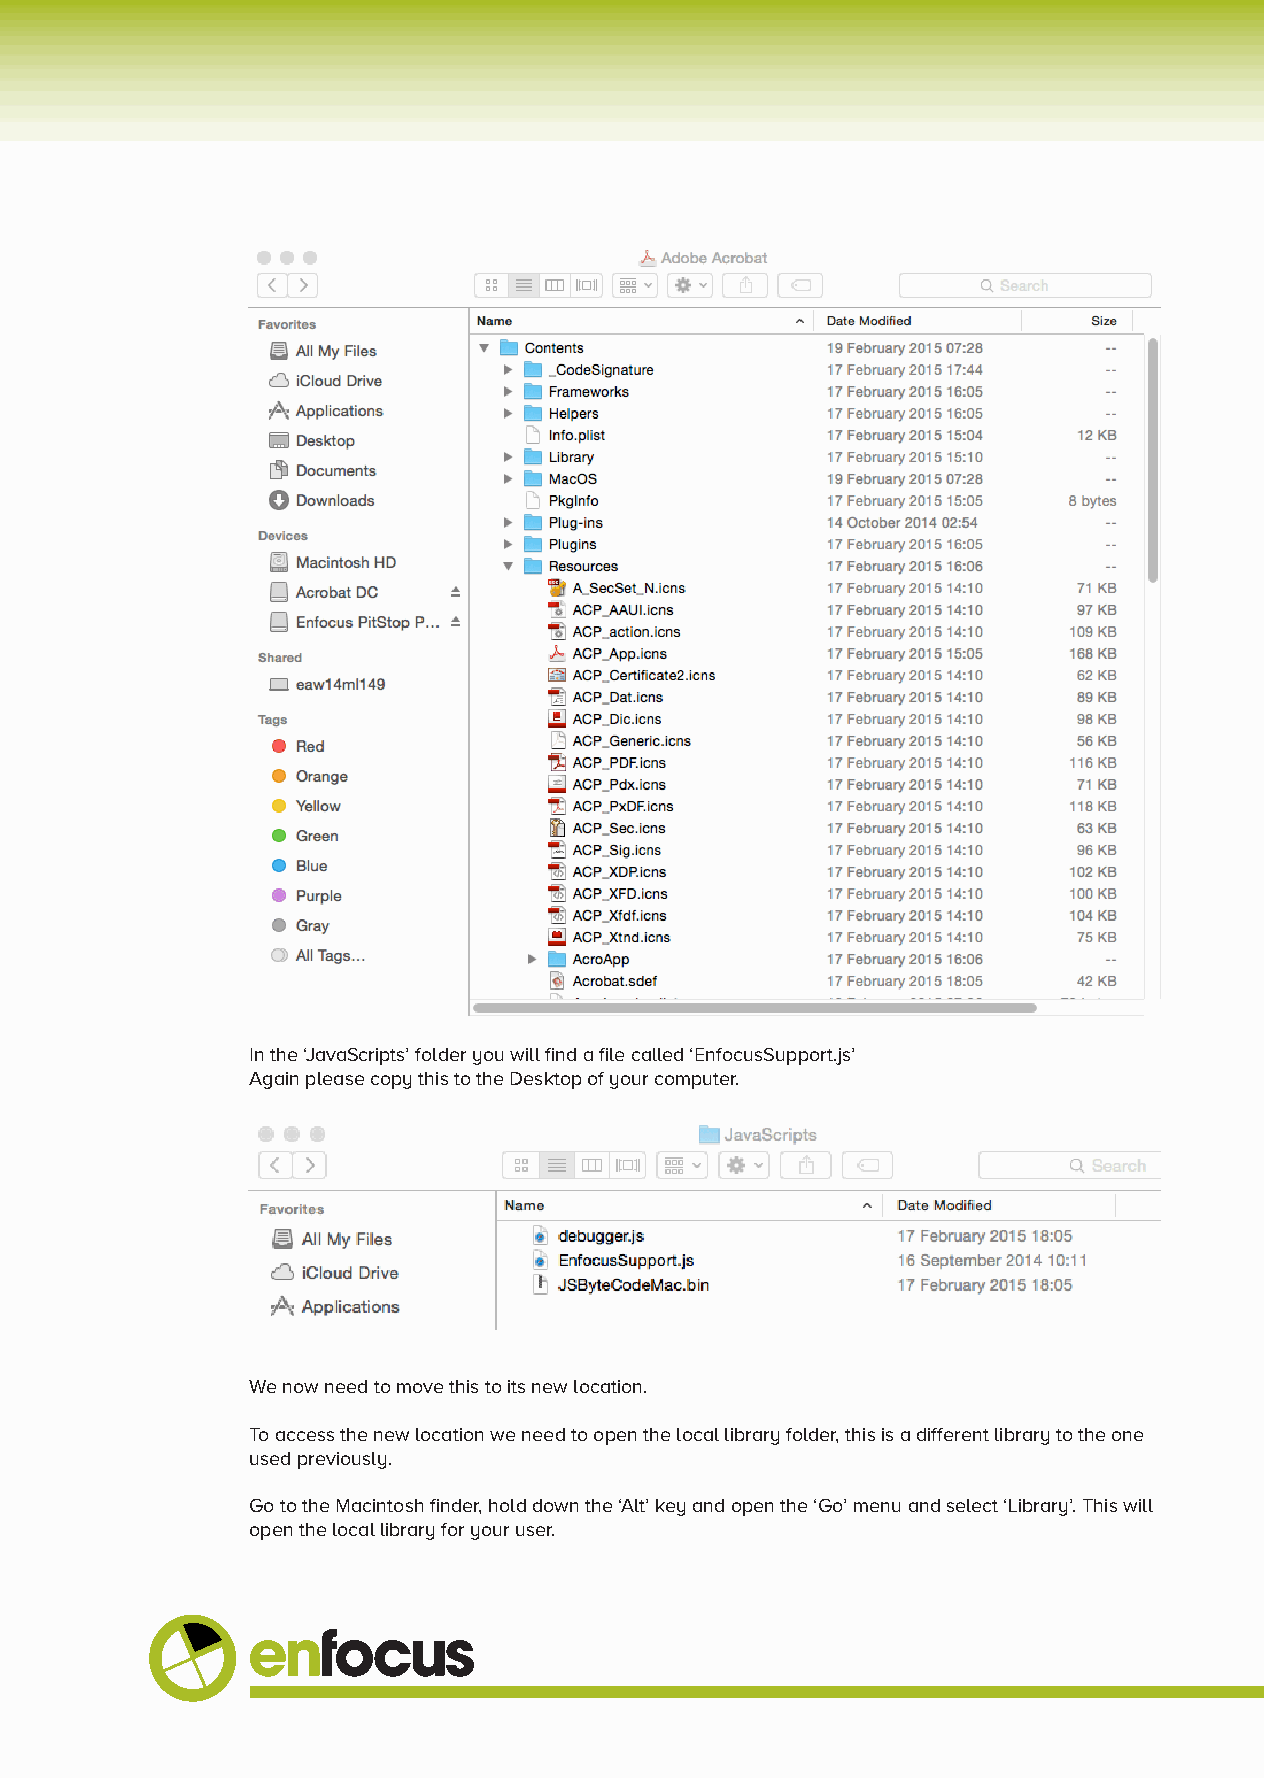
In the ‘JavaScripts’ folder you will find a file called ‘EnfocusSupport.js’
 Again please copy this to the Desktop of your computer.
 We now need to move this to its new location.
 To access the new location we need to open the local library folder, this is a different library to the one
 used previously.
 Go to the Macintosh finder, hold down the ‘Alt’ key and open the ‘Go’ menu and select ‘Library’. This will
 open the local library for your user.